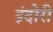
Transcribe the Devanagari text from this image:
इंदोरी